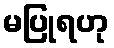
မပြုရဟု